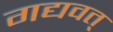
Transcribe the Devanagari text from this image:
गद्यवत्